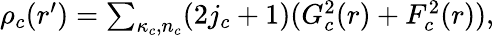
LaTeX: \begin{array}{r}{\rho_{c}(r^{\prime})=\sum_{\kappa_{c},n_{c}}(2j_{c}+1)(G_{c}^{2}(r)+F_{c}^{2}(r)),}\end{array}